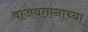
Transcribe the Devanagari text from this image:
वाजवतानाच्या